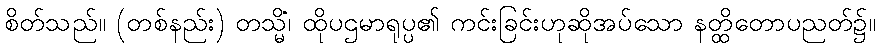
စိတ်သည်။ (တစ်နည်း) တသ္မိံ၊ ထိုပဌမာရုပ္ပ၏ ကင်းခြင်းဟုဆိုအပ်သော နတ္ထိတောပညတ်၌။